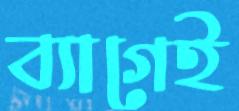
ব্যাগেই